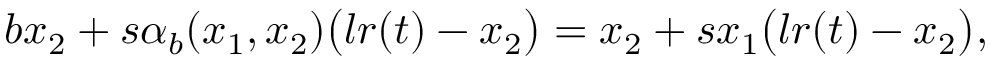
\begin{array} { r } { b x _ { 2 } + s \alpha _ { b } ( x _ { 1 } , x _ { 2 } ) \big ( l r ( t ) - x _ { 2 } \big ) = x _ { 2 } + s x _ { 1 } \big ( l r ( t ) - x _ { 2 } \big ) , } \end{array}